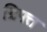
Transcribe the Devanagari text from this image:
ग्रिफ्त